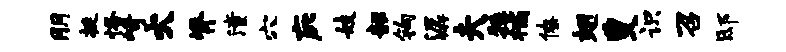
朋挺恪崎火脊潼穴庇妓韶钩潺夫牲橘僚翅叟识召邸